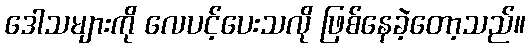
ဒေါသများကို လေပင့်ပေးသလို ဖြစ်နေခဲ့တော့သည်။